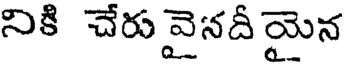
నికి చేరు వైనదీ యైన